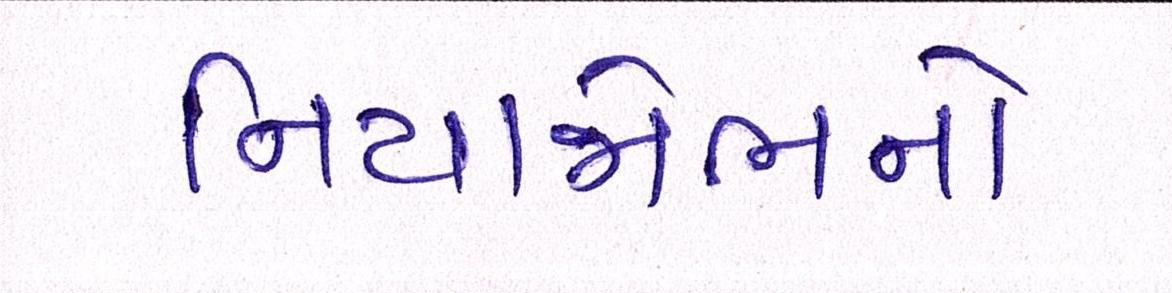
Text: નિયાજોભનો